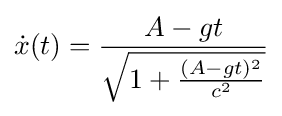
{\dot {x}}(t)={\frac {A-gt}{\sqrt {1+{\frac {(A-gt)^{2}}{c^{2}}}}}}